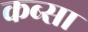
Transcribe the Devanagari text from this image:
कब्सा